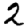
Digit: 2